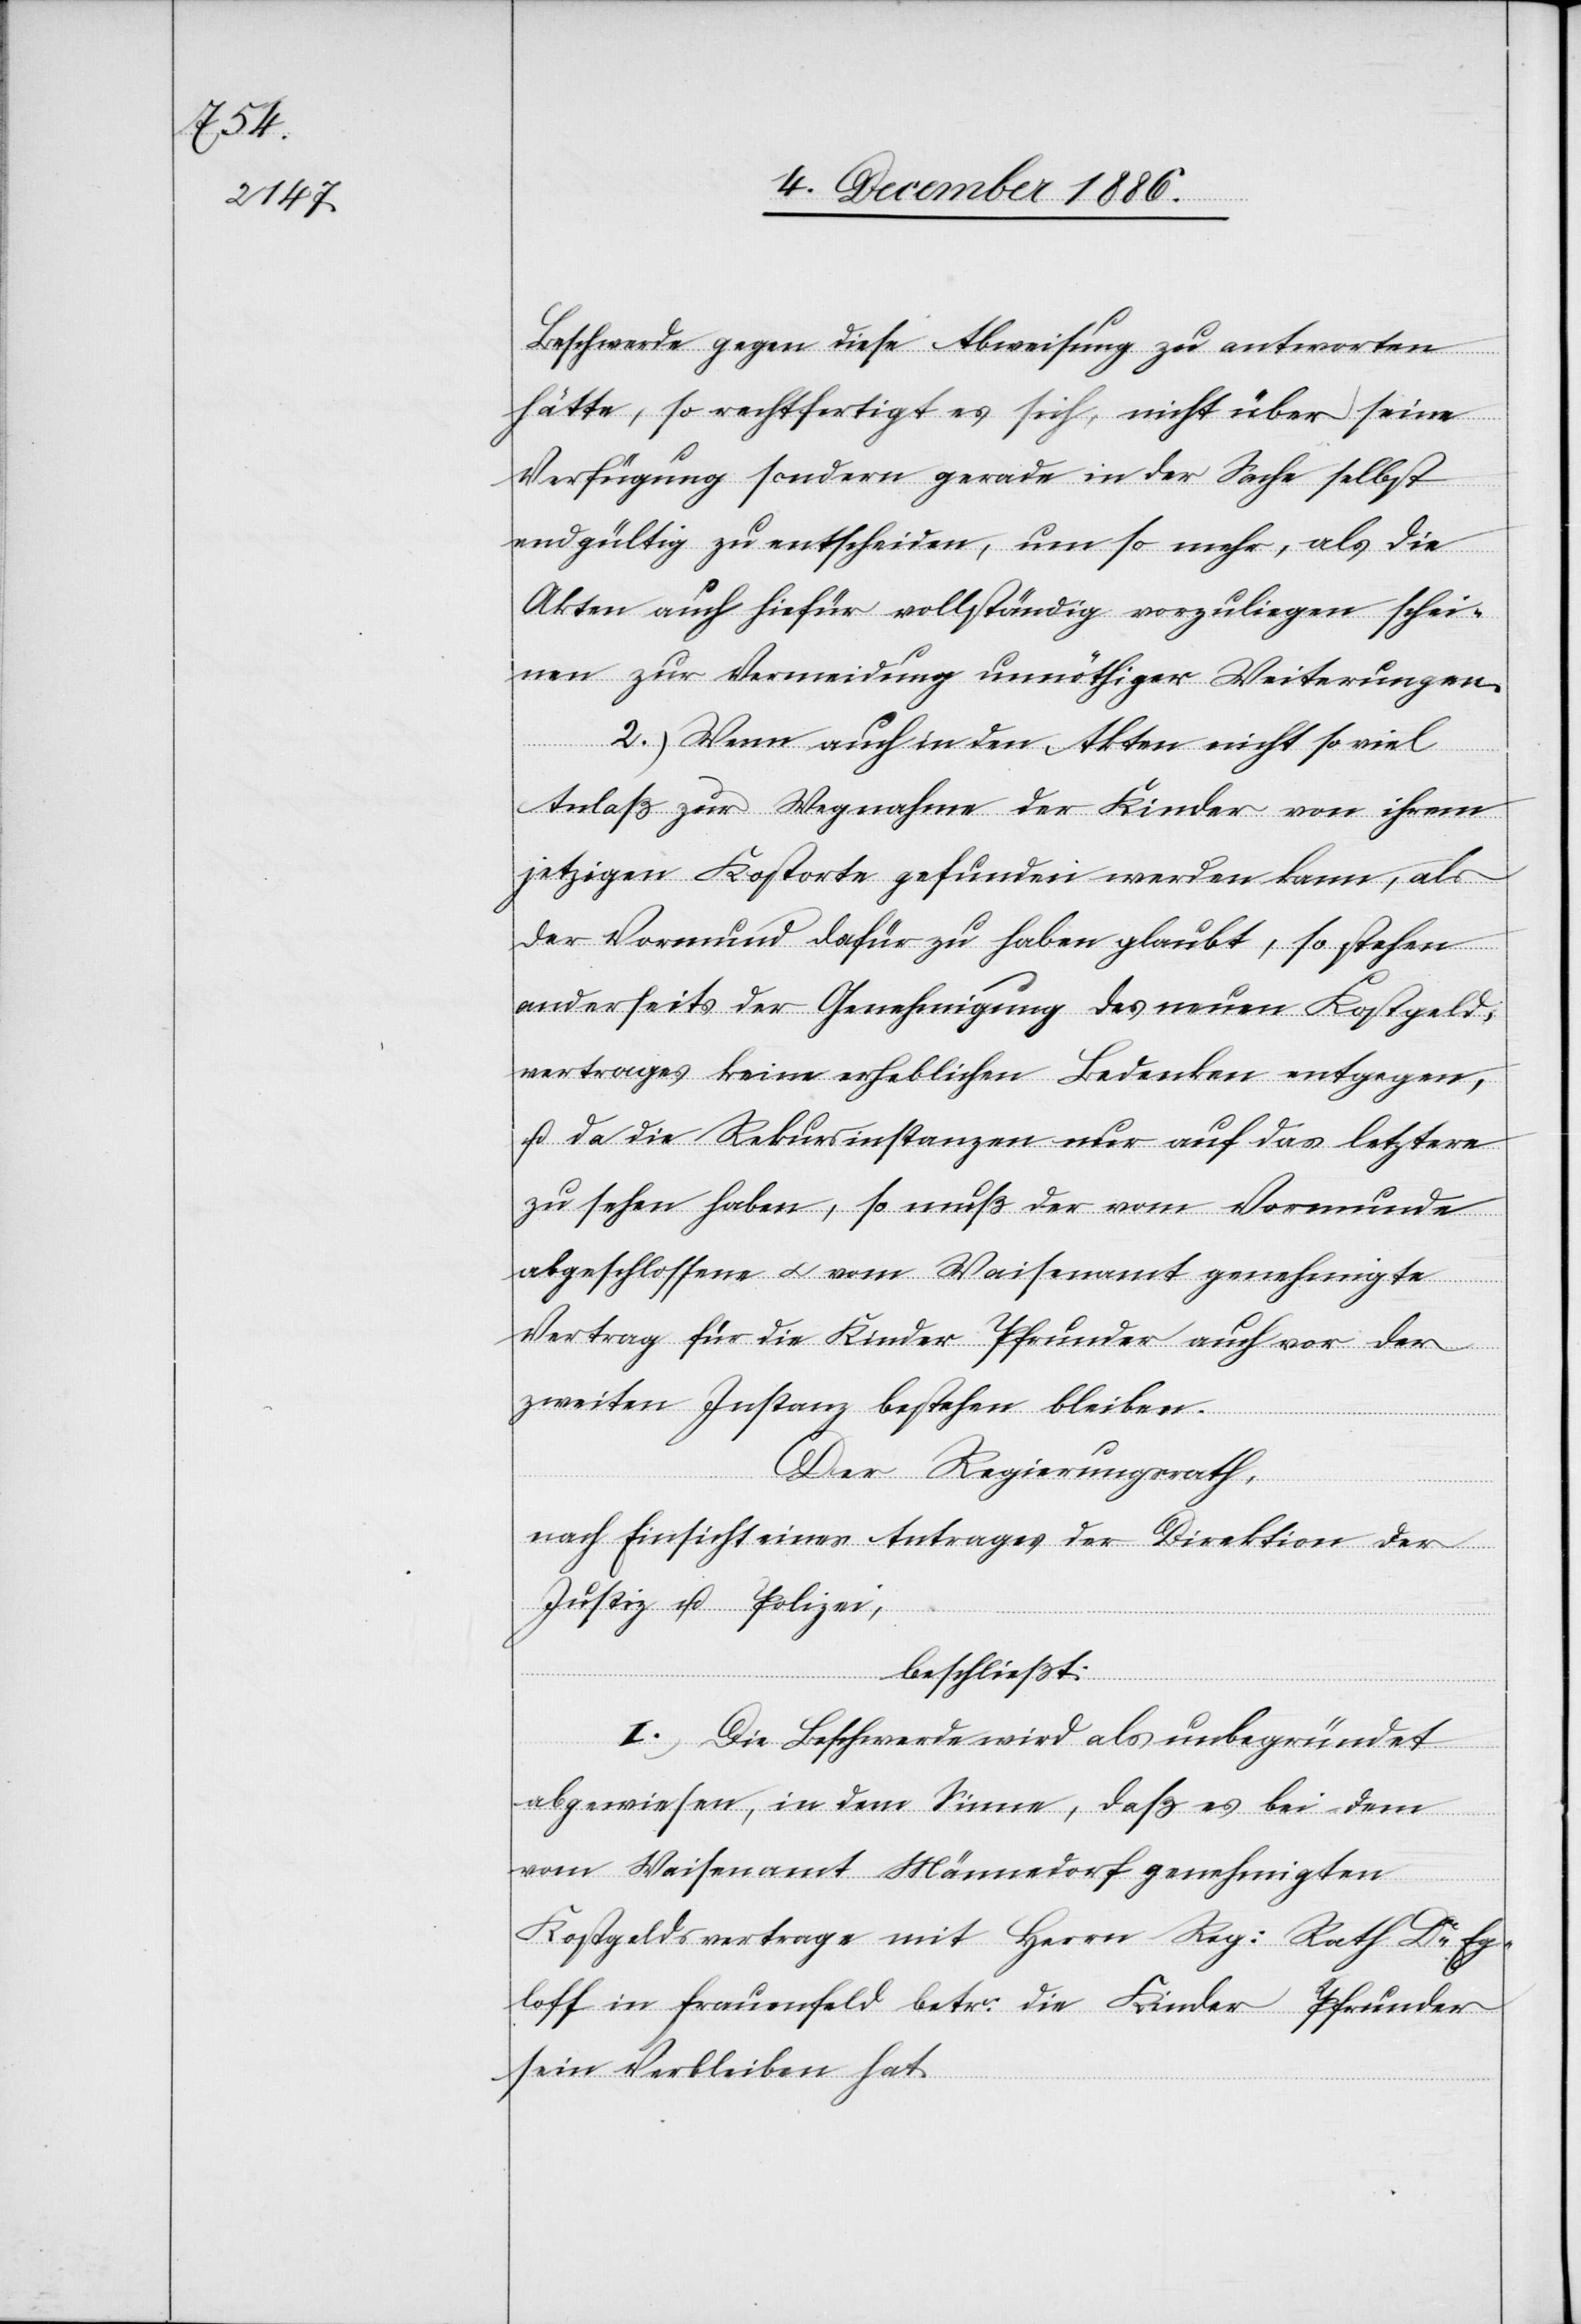
Beschwerde gegen diese Abweisung zu antworten
hätte, so rechtfertigt es sich, nicht über seine
Verfügung sondern gerade in der Sache selbst
endgültig zu entscheiden, um so mehr, als die
Akten auch hiefür vollständig vorzuliegen schei¬
nen zur Vermeidung unnhötiger Weiterungen.
2. Wenn auch in den Akten nicht so viel
Anlaß zur Wegnahme der Kinder von ihrem
jetzigen Kostorte gefunden werden kann, als
der Vormund dafür zu haben glaubt, so stehen
anderseits der Genehmigung des neuen Kostgeld¬
vertrages keine erheblichen Bedenken entgegen,
u. da die Rekursinstanzen nur auf das letztere
zu sehen haben, so muß der vom Vormunde
abgeschlossene & vom Waisenamt genehmigte
Vertrag für die Kinder Pfrunder auch vor der
zweiten Instanz bestehen bleiben.
Der Regierungsrath,
nach Einsicht eines Antrages der Direktion der
Justiz u. Polizei,
beschließt:
I.) Die Beschwerde wird als unbegründet
abgewiesen, in dem Sinne, daß es bei dem
vom Waisenamt Männedorf genehmigten
Kostgeldsvertrage mit Herrn Reg. Rath Dr Eg¬
loff in Frauenfeld betr. die Kinder Pfrunder
sein Verbleiben hat.